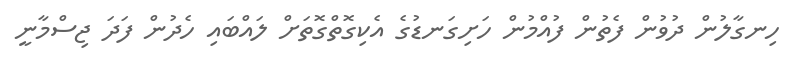
ހިނގާލުން ދުވުން ފެތުން ފުއްމުން ހަށިގަނޑުގެ އެކިގޮތްގޮތަށް ލައްބައި ހެދުން ފަދަ ޖިސްމާނީ